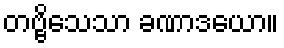
တဗ္ဗိသေသာ ခဏာဒယော။